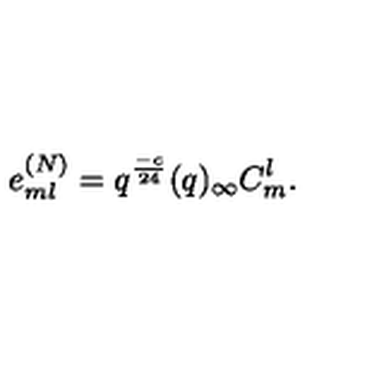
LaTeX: e _ { m l } ^ { ( N ) } = q ^ { \frac { - c } { 2 4 } } ( q ) _ { \infty } C _ { m } ^ { l } .